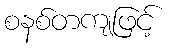
စနစ်တကျဖြင့်